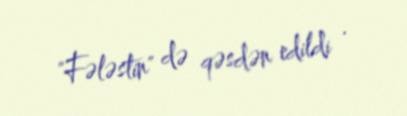
"Fələstin" də qəsdən edildi .